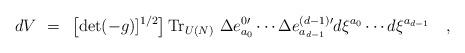
LaTeX: \begin{align*}dV ~=~ \left [ {\rm det} (-g)]^{1/2} \right ] {\rm Tr}_{U(N)} ~ \Delta e^{0 \prime }_{ a_0} \cdots \Delta e^{ (d-1) \prime}_{a_{d-1} } d\xi^{a_0} \cdots d \xi^{a_{d-1}}\quad ,\end{align*}